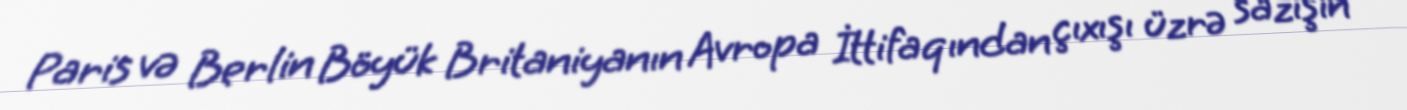
Paris və Berlin Böyük Britaniyanın Avropa İttifaqından çıxışı üzrə sazişin